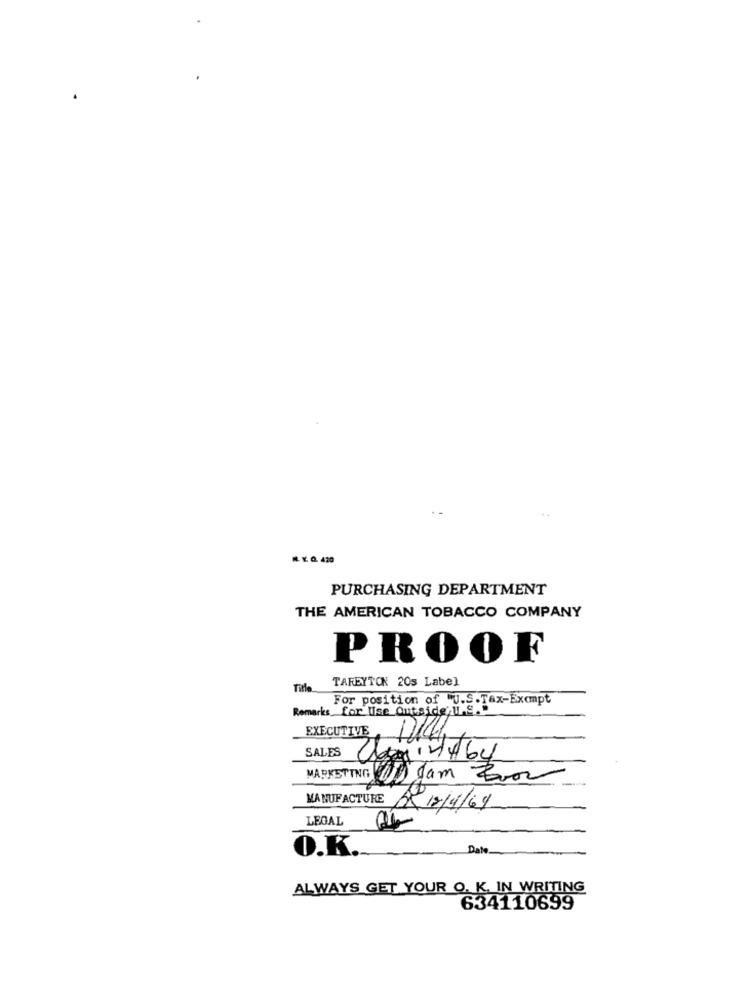
M. Y. Q 420
PURCHASING DEPARTMENT
THE AMERICAN TOBACCO COMPANY
PROOF
TAREYTON 20s Label
Title
For position of J.S.Tax-Exempt
Remarks for lise Outside; 1.8.
EXECUTIVE
121144
44
SALES
4464
MARKETING 11 Jam Zoor
MANUFACTURE
2 12/4/69
LEGAL
O.K.
ALWAYS GET YOUR O. K. IN WRITING
634110699